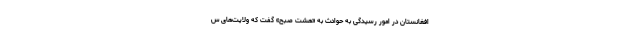
افغانستان در امور رسیدگی به حوادث به «هشت صبح» گفت که ولایت‌های س